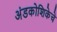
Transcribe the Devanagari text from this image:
अंडकोशिकेचे